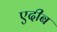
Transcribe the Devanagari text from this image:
एदीब